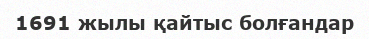
1691 жылы қайтыс болғандар